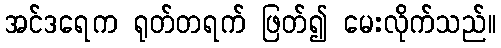
အင်ဒရေက ရုတ်တရက် ဖြတ်၍ မေးလိုက်သည်။